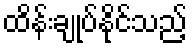
ထိန်းချုပ်နိုင်သည့်